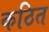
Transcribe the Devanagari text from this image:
कठित